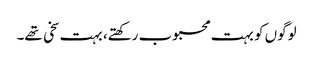
لوگوں کو بہت محبوب رکھتے، بہت سخی تھے۔